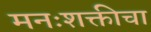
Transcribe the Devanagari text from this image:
मनःशक्तीचा